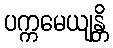
ပက္ကမေယျန္တိ